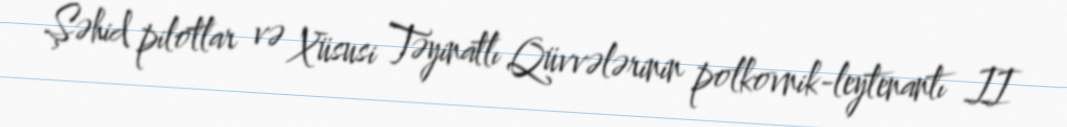
Şəhid pilotlar və Xüsusi Təyinatlı Qüvvələrinin polkovnik-leytenantı II